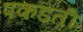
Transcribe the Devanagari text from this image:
पकडती